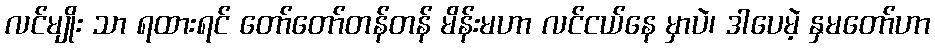
လင်မျိုး သာ ရထားရင် တော်တော်တန်တန် မိန်းမဟာ လင်ငယ်နေ မှာပဲ၊ ဒါပေမဲ့ နှမတော်ဟာ